Vaccine operations Central Provinces 1886-1899 - 1886-1899
Year: 1886
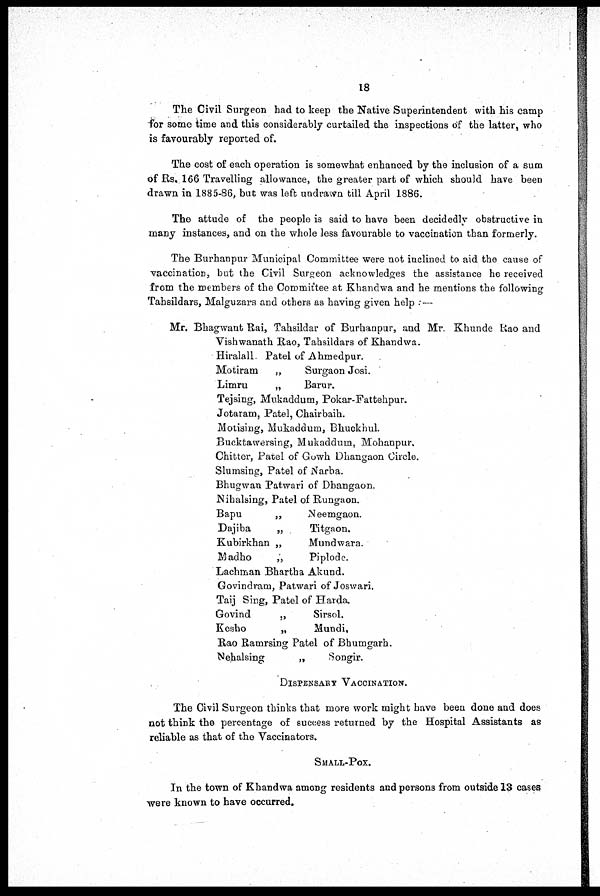
18
The Civil Surgeon had to keep the Native Superintendent with his camp
for some time and this considerably curtailed the inspections of the latter, who
is favourably reported of.
The cost of each operation is somewhat enhanced by the inclusion of a sum
of Rs. 166 Travelling allowance, the greater part of which should have been
drawn in 1885-86, but was left undrawn till April 1886.
The attude of the people is said to have been decidedly obstructive in
many instances, and on the whole less favourable to vaccination than formerly.
The Burhanpur Municipal Committee were not inclined to aid the cause of
vaccination, but the Civil Surgeon acknowledges the assistance he received
from the members of the Committee at Khandwa and he mentions the following
Tahsildars, Malguzars and others as having given help :—
Mr. Bhagwant Rai, Tahsildar of Burhanpur, and Mr. Khunde Rao and
Vishwanath Rao, Tahsildars of Khandwa.
Hiralall. Patel of Ahmedpur.
Motiram
.,
Surgaon Josi.
Limru
„
Barur.
Tejsing, Mukaddum, Pokar-Fattehpur.
Jotaram, Patel, Chairbaih.
Motising, Mukaddum, Bhuckhul.
Bucktawersing, Mukaddum, Mohanpur.
Chitter, Patel of Gowh Dhangaon Circle.
Slumsing, Patel of Narba.
Bhugwan Patwari of Dhangaon.
Nihalsing, Patel of Rungaon.
Bapu
„
Neemgaon.
Dajiba
„
Titgaon.
Kubirkhan „
Mundwara.
Madho
„
Piplode.
Lachman Bhartha Akund.
Govindram, Patwari of Joswari.
Taij Sing, Patel of Harda.
Govind
„
Sirsol.
Kesho
„
Mundi,
Rao Ramrsing Patel of Bhumgarh.
Nehalsing
„
Songir.
DISPENSARY VACCINATION.
The Civil Surgeon thinks that more work might have been done and does
not think the percentage of success returned by the Hospital Assistants as
reliable as that of the Vaccinators.
SMALL-POX.
In the town of Khandwa among residents and persons from outside 13 cases
were known to have occurred.